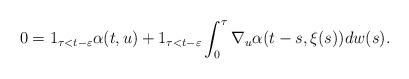
LaTeX: \begin{align*}0=1_{\tau<t-\varepsilon} \alpha(t,u) + 1_{\tau<t-\varepsilon} \int^{\tau}_0 \nabla_u\alpha(t-s,\xi(s))dw(s).\end{align*}